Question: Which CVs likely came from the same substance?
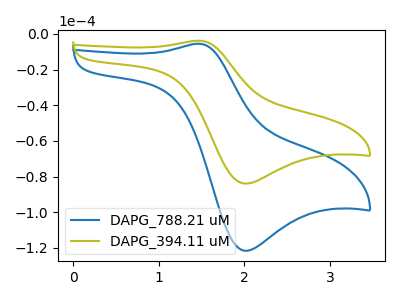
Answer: <think>The blue curve "DAPG_788.21 uM" has an anodic peak at (1.45V, -5.50uA) and a cathodic peak at (2.00V, -121.50uA). The olive curve "DAPG_394.11 uM" has an anodic peak at (1.45V, -3.80uA) and a cathodic peak at (2.00V, -83.90uA).
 All the peaks in "DAPG_788.21 uM" have a peak in "DAPG_394.11 uM" at the same potential.</think>
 <answer>"DAPG_394.11 uM" and "DAPG_788.21 uM" have the same shape and are likely CV's of the same chemical.</answer>
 <eval>"DAPG_394.11 uM" "DAPG_788.21 uM"</eval>